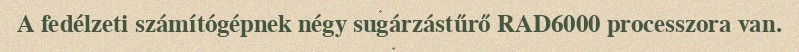
A fedélzeti számítógépnek négy sugárzástűrő RAD6000 processzora van.